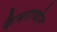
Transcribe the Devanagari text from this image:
कैमराफोन